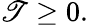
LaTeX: \mathscr{T}\geq0.